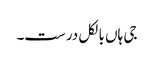
جی ہاں بالکل درست۔